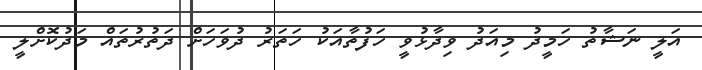
އަލީ ނަޝާތު ހަމީދު މިއަދު ވިދާޅުވީ ހަފުތާއަކު ހަތަރު ދުވަހަށް ދަތުރުތައް މަދުކޮށްލީ